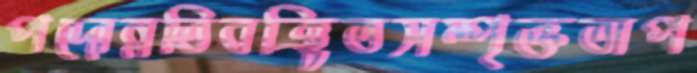
পদোন্নতিবঞ্চিতসম্পৃক্ততাপ